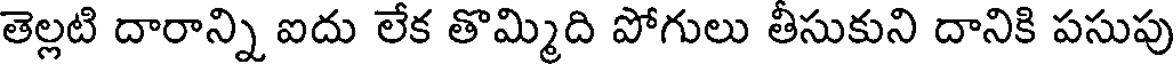
తెల్లటి దారాన్ని ఐదు లేక తొమ్మిది పోగులు తీసుకుని దానికి పసుపు